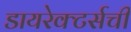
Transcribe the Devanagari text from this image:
डायरेक्टर्सची